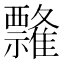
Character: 𰨘